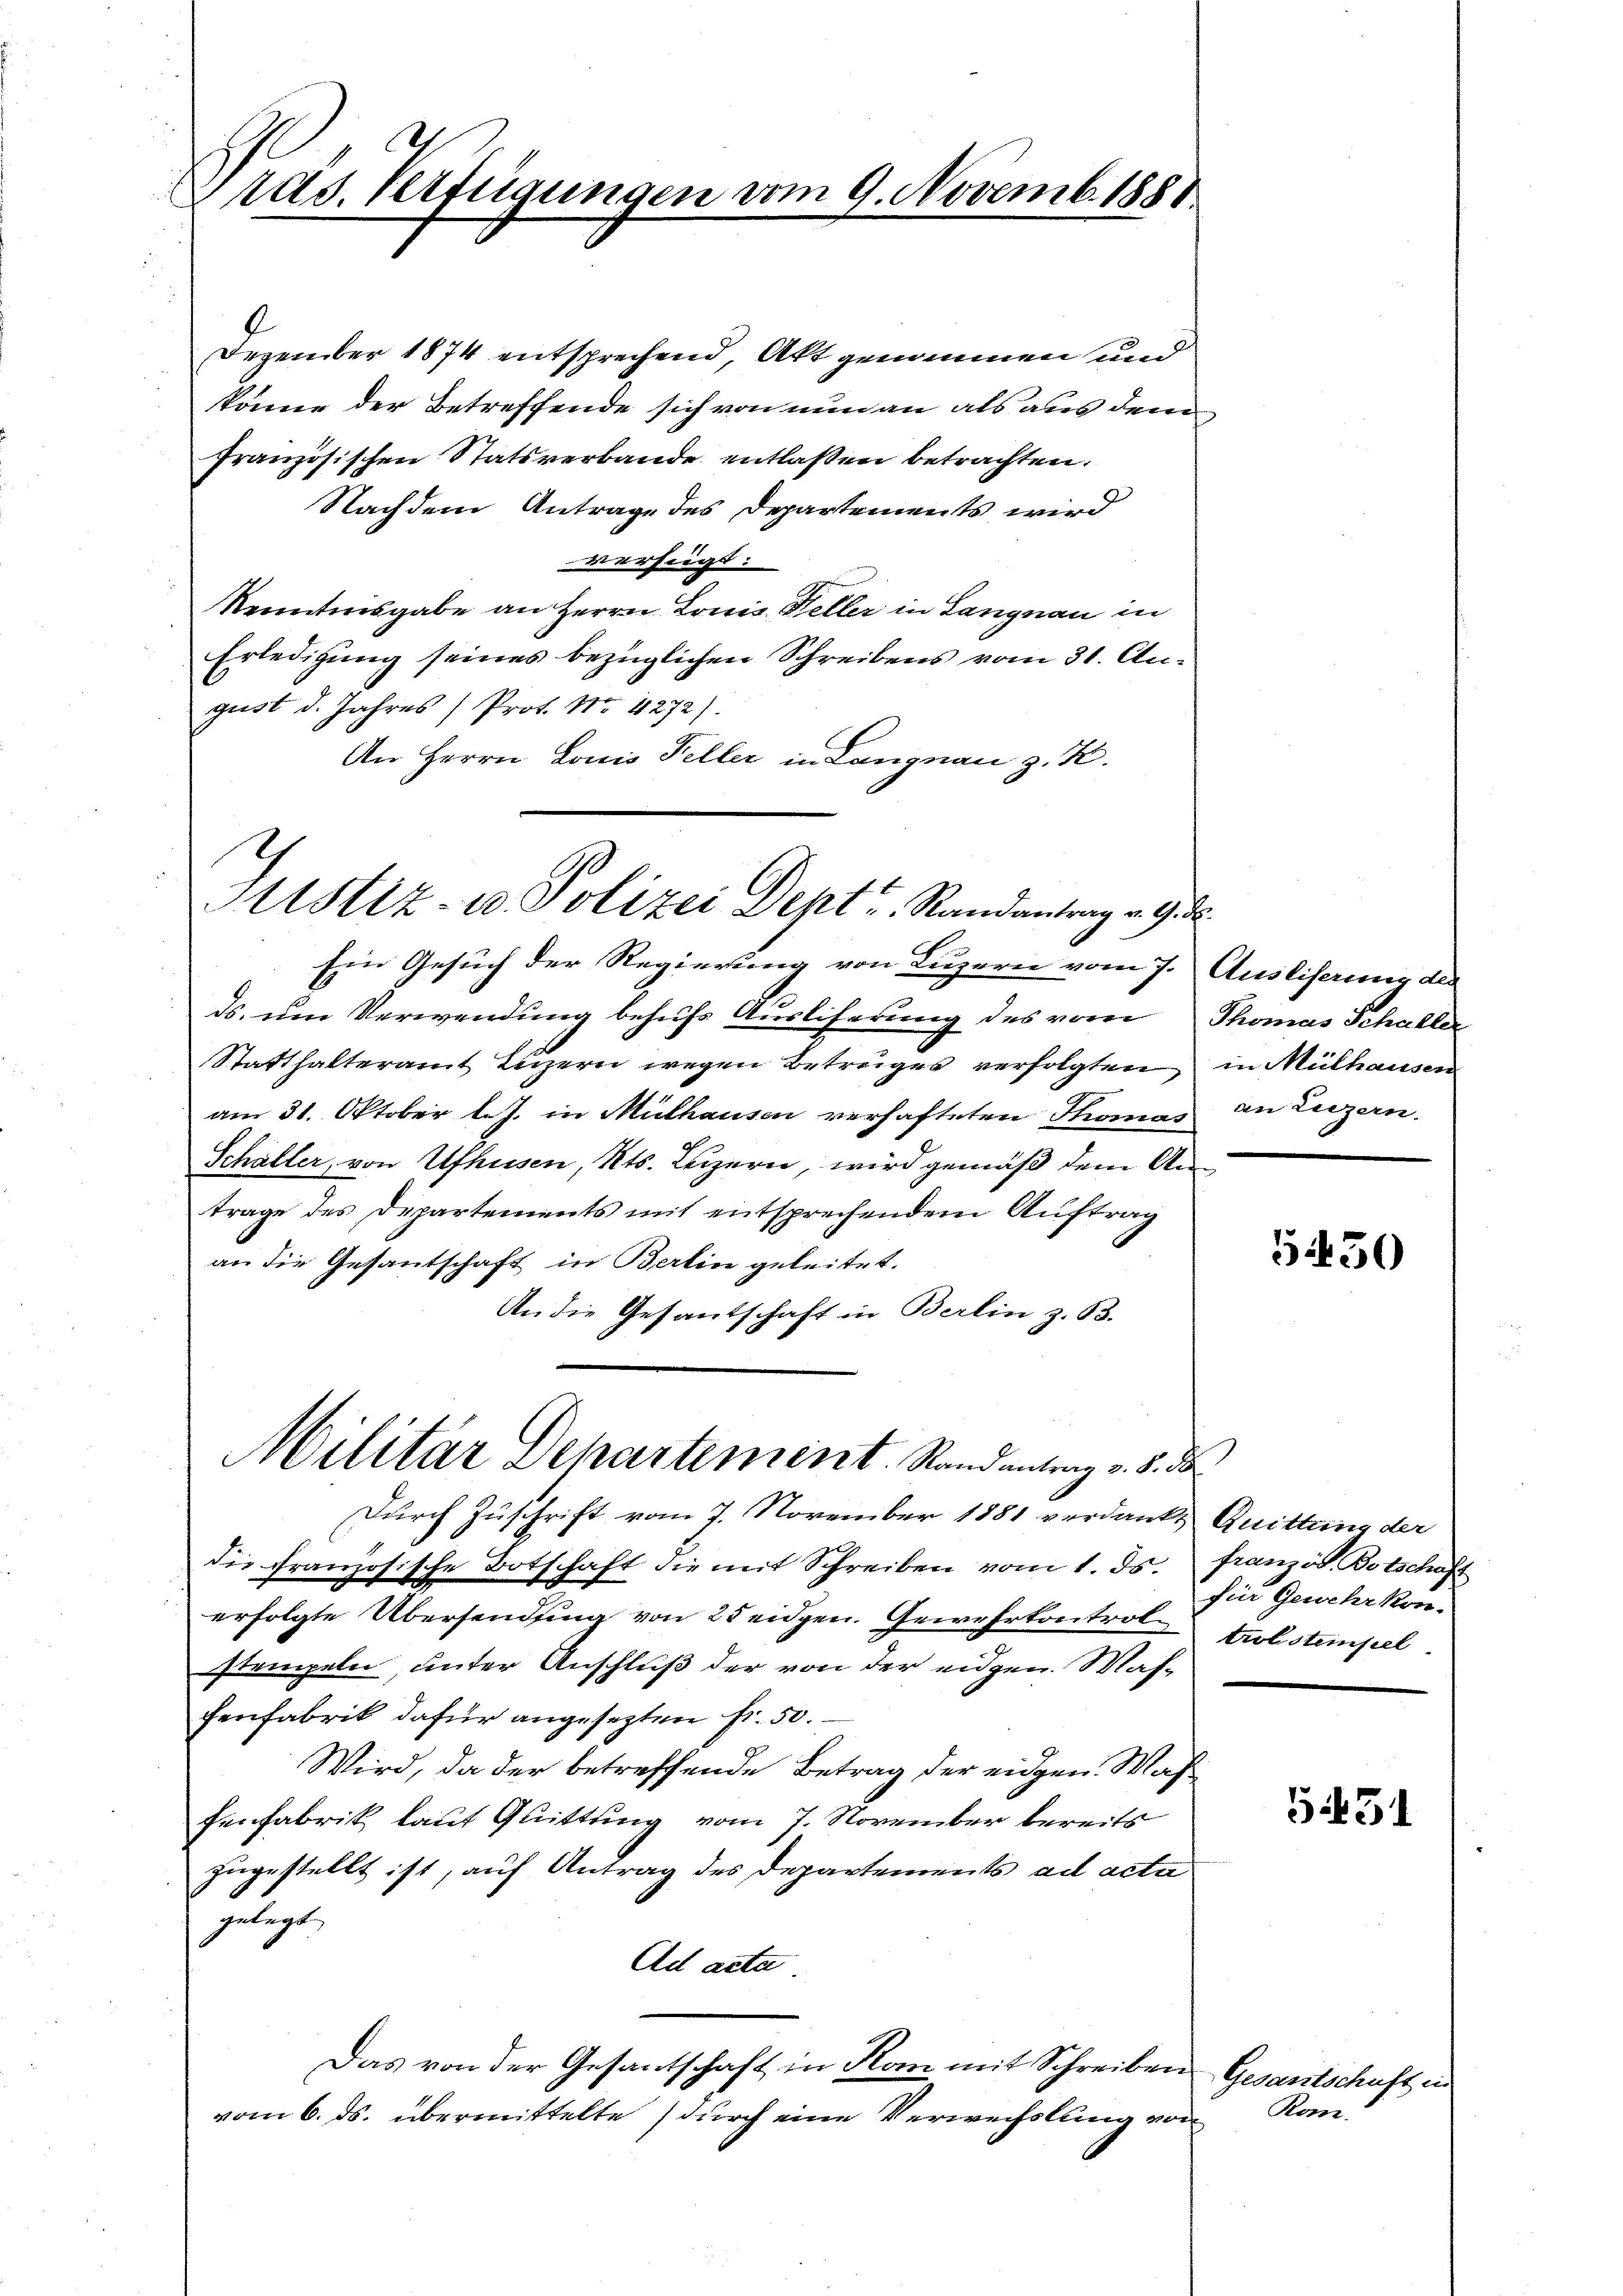
Präs. Verfügungen vom 9. Novemb. 1888

9
Dezember 1874 entsprechend, Akt genommen und
könne der Betreffende sich von nun an als aus dem
französischen Statsverbande entlaßen betrachten.
Nachdem Antrage des Departements wird
verfügt:
Kenntnisgabe an Herrn Louis Keller in Langnau in
Erledigung seines bezüglichen Schreibens vom 31. August d. Jahres (Prot. No. 4272).
An Herrn Louis Feller in Langnau z. K.
Ein Gesuch der Regierung von Luzern vom 7. Ausliserung der
ds. um Verwendung behufs Ausliferung des vom Thomas Schaller
Statthalteramt Luzern wegen Betruges verfolgten in Mülhausen
am 31. Oktober l. J. in Mülhausen verhafteten Thomas an Luzern.
Schaller, von Ufhusen, Kts. Luzern, wird gemäß dem Antrage des Departements mit entsprechendem Auftrag
an die Gesantschaft in Berlin geleitet.
An die Gesantschaft in Berlin z. B.
Militär Departement. Randantrag v. 5. da
Durch Zuschrift vom 7. November 1881 verdankt Quittung der
die Französische Botschaft die mit Schreiben vom 1. ds. französ. Botschaft
erfolgte Übersendung von 25 eidgen. Gewehrkontrol tulstempel
stempeln, unter Anschluß der von der eidgen. Masfenfabrik dafür angesezten fr. 50.
Wird, da der betreffende Betrag der eidgen. Wasfenfabrik laut Quittung vom 7. November bereits
zugestellt ist, auf Antrag des Departements ad acta
gelegt.
Ad acta
Das von der Gesantschaft in Rom mit Schreiben
vom 6. ds. übermittelte (durch eine Verwechslung von

Astiz- u. Polizei Dekt u. Randantrag v. 9. d.

5450

für Gewehr kon-

5.431

Gesantschaft in
Rom.